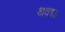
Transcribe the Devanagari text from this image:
थकाउ